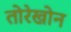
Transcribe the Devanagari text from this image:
तोरेखोन